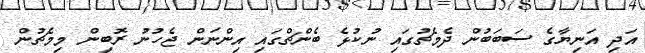
އަދި އަނިޔާގެ ސަބަބުން ދެމެޗުގައި ނުކުޅެ ބެންޗްގައި އިންނަން ޖެހުނު ރޮބިން މިމެޗުން